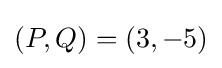
(P,Q)=(3,-5)